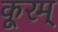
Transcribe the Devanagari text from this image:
कूरम्